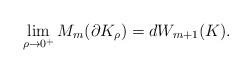
LaTeX: \begin{align*}\lim_{\rho \rightarrow 0^+}M_m(\partial K_{\rho})=d W_{m+1}(K).\end{align*}